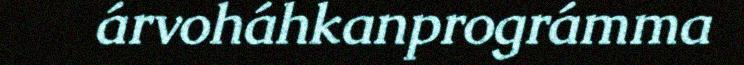
árvoháhkanprográmma